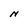
Character: N